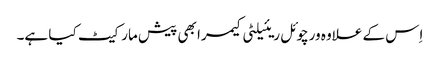
اِس کے علاوہ ورچوئل ریئیلٹی کیمرا بھی پیش مارکیٹ کیا ہے۔